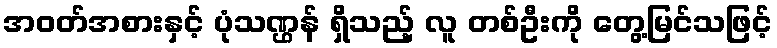
အဝတ်အစားနှင့် ပုံသဏ္ဌန် ရှိသည့် လူ တစ်ဦးကို တွေ့မြင်သဖြင့်